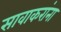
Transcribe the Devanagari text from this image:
सावाकरांना